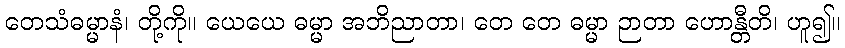
တေသံဓမ္မာနံ၊ တို့ကို။ ယေယေ ဓမ္မာ အဘိညာတာ၊ တေ တေ ဓမ္မာ ဉာတာ ဟောန္တီတိ၊ ဟူ၍။